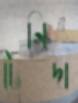
টেনিদা